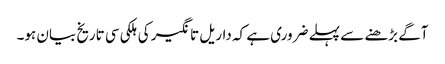
آگے بڑھنے سے پہلے ضروری ہے کہ داریل تانگیر کی ہلکی سی تاریخ بیان ہو۔